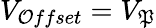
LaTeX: V_{\mathcal{O}ffset}=V_{\mathfrak{P}}